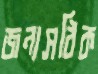
জন্যসঠিক